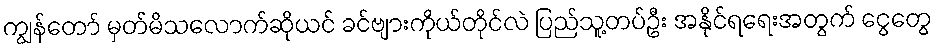
ကျွန်တော် မှတ်မိသလောက်ဆိုယင် ခင်ဗျားကိုယ်တိုင်လဲ ပြည်သူ့တပ်ဦး အနိုင်ရရေးအတွက် ငွေတွေ